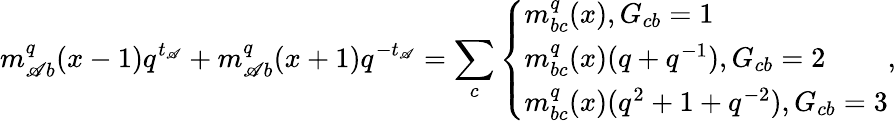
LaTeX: m_{\mathscr{A}b}^{q}(x-1)q^{t_{\mathscr{A}}}+m_{\mathscr{A}b}^{q}(x+1)q^{-t_{\mathscr{A}}}=\sum_{c}\left\{ \begin{array}{l}{{m_{bc}^{q}(x),G_{cb}=1}}\\ {{m_{bc}^{q}(x)(q+q^{-1}),G_{cb}=2}}\\ {{m_{bc}^{q}(x)(q^{2}+1+q^{-2}),G_{cb}=3}}\end{array}\right.,